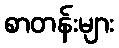
စာတန်းများ